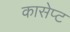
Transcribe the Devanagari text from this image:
कासेप्ट